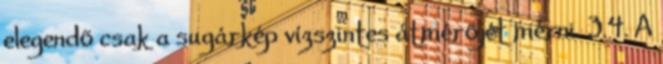
elegendõ csak a sugárkép vízszintes átmérõjét mérni. 3.4. A